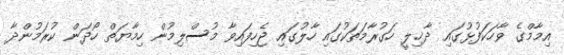
އިމާމްގެ ވާހަކަފުޅުގައި ދާޚިލީ ހަގުރާމަތަކުގައި ހާލުގައި ޖެހިފައިވާ މުސްލިމުން ހިމާޔަތް ހޯދަން ކުރަމުންދާ